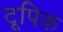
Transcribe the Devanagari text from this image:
टूपिक